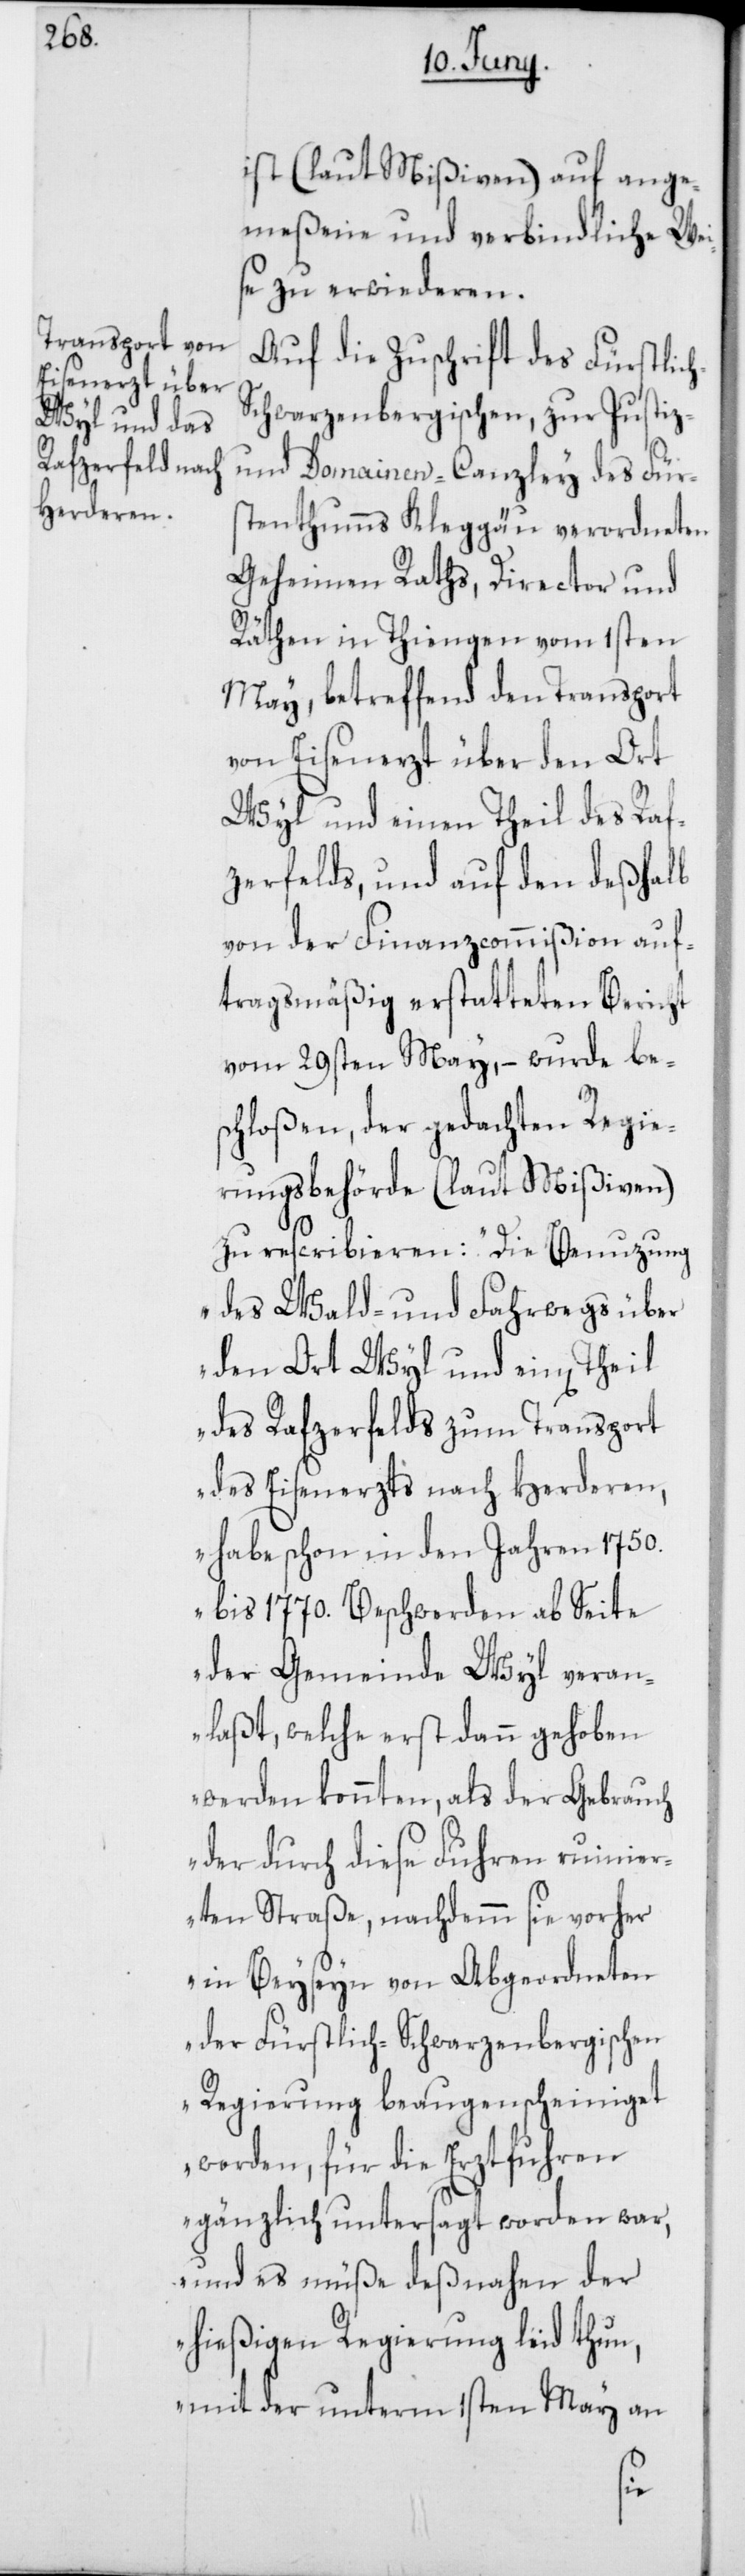
ist (laut Mißiven) auf ange¬
meßene und verbindliche Wei¬
se zu erwiederen.
Auf die Zuschrift des Fürstlic¬
chwarzenbergischen, zur Justi¬
z-und Domainen-Canzley des Für¬
stenthums Kleggau verordneten
Geheimen Raths, Director und
Räthen in Tiengen vom 1sten
May, betreffend den Transport
von Eisenerz über den Ort
Wyl und einen Theil des Raf¬
zerfelds, und auf den deßhalb
von der Finanzcommißion auf¬
tragsmäßig erstatteten Bericht
vom 29sten May, – wur¬
chloßen, der gedachten
rungsbehörde (laut Mißiven)
zu rescribieren: „Die
des Wald- und Fahr¬
über
den Ort Wyl und einen Theil
des Rafzerfelds zum Transport
des Eisenerzts nach Herderen,
habe schon in den Jahren 1750.
bis 1770. Beschwerden ab Seite
der Gemeinde Wyl veran¬
laßt, welche erst dann gehoben
werden konnten, als der Gebrauch
der durch diese Fuhren ruinier¬
ten Straße, nachdemm sie vorher
in Beyseyn von Abgeordneten
der Fürstlich-Schwarzenbergischen
Regierung beaugenscheiniget
worden, für die Erztfuhren
gänzlich untersagt worden war,
und es müße deßnahen der
hießigen Regierung leid thun,
mit der unterm 1sten May an